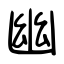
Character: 幽